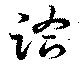
跲